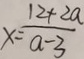
x = \frac { 1 2 + 2 a } { a - 3 }